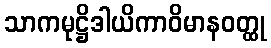
သာကမုဋ္ဌိဒါယိကာဝိမာနဝတ္ထု